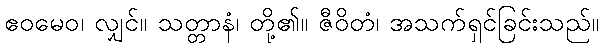
ဧဝမေဝ၊ လျှင်။ သတ္တာနံ၊ တို့၏။ ဇီဝိတံ၊ အသက်ရှင်ခြင်းသည်။